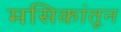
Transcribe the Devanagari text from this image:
मसिकांतून